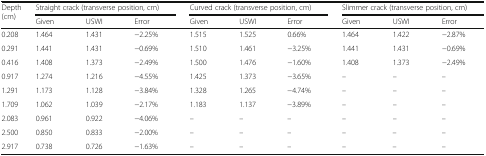
<table><thead><tr><td rowspan="2"><b>Depth(cm)</b></td><td colspan="3"><b>Straight crack (transverse position, cm)</b></td><td colspan="3"><b>Curved crack (transverse position, cm)</b></td><td colspan="3"><b>Slimmer crack (transverse position, cm)</b></td></tr><tr><td><b>Given</b></td><td><b>USWI</b></td><td><b>Error</b></td><td><b>Given</b></td><td><b>USWI</b></td><td><b>Error</b></td><td><b>Given</b></td><td><b>USWI</b></td><td><b>Error</b></td></tr></thead><tbody><tr><td>0.208</td><td>1.464</td><td>1.431</td><td>−2.25%</td><td>1.515</td><td>1.525</td><td>0.66%</td><td>1.464</td><td>1.422</td><td>−2.87%</td></tr><tr><td>0.291</td><td>1.441</td><td>1.431</td><td>−0.69%</td><td>1.510</td><td>1.461</td><td>−3.25%</td><td>1.441</td><td>1.431</td><td>−0.69%</td></tr><tr><td>0.416</td><td>1.408</td><td>1.373</td><td>−2.49%</td><td>1.500</td><td>1.476</td><td>−1.60%</td><td>1.408</td><td>1.373</td><td>−2.49%</td></tr><tr><td>0.917</td><td>1.274</td><td>1.216</td><td>−4.55%</td><td>1.425</td><td>1.373</td><td>−3.65%</td><td>–</td><td>–</td><td>–</td></tr><tr><td>1.291</td><td>1.173</td><td>1.128</td><td>−3.84%</td><td>1.328</td><td>1.265</td><td>−4.74%</td><td>–</td><td>–</td><td>–</td></tr><tr><td>1.709</td><td>1.062</td><td>1.039</td><td>−2.17%</td><td>1.183</td><td>1.137</td><td>−3.89%</td><td>–</td><td>–</td><td>–</td></tr><tr><td>2.083</td><td>0.961</td><td>0.922</td><td>−4.06%</td><td>–</td><td>–</td><td>–</td><td>–</td><td>–</td><td>–</td></tr><tr><td>2.500</td><td>0.850</td><td>0.833</td><td>−2.00%</td><td>–</td><td>–</td><td>–</td><td>–</td><td>–</td><td>–</td></tr><tr><td>2.917</td><td>0.738</td><td>0.726</td><td>−1.63%</td><td>–</td><td>–</td><td>–</td><td>–</td><td>–</td><td>–</td></tr></tbody></table>